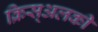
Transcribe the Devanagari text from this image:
क्रिस्अलकी